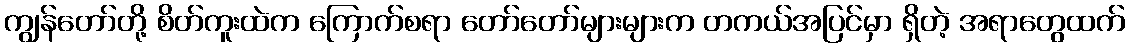
ကျွန်တော်တို့ စိတ်ကူးထဲက ကြောက်စရာ တော်တော်များများက တကယ်အပြင်မှာ ရှိတဲ့ အရာတွေထက်